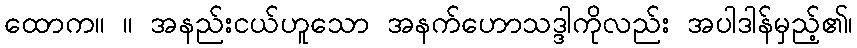
ထောက။ ။ အနည်းငယ်ဟူသော အနက်ဟောသဒ္ဒါကိုလည်း အပါဒါန်မှည့်၏၊